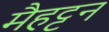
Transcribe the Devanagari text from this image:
मैहट्टन